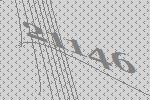
21146